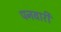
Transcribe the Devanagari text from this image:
पनवारी